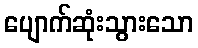
ပျောက်ဆုံးသွားသော